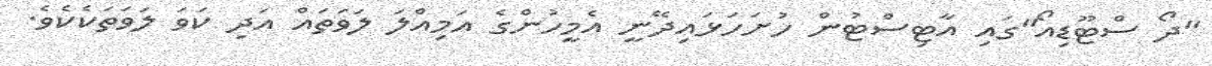
"ދޯ ސްޓޫޑިއޯ"ގައި އާޓިސްޓުން ހުށަހަޅައިދޭނީ އެމީހުންގެ އަމިއްލަ ލަވަތައް އަދި ކަވަ ލަވަތަކެކެވެ.